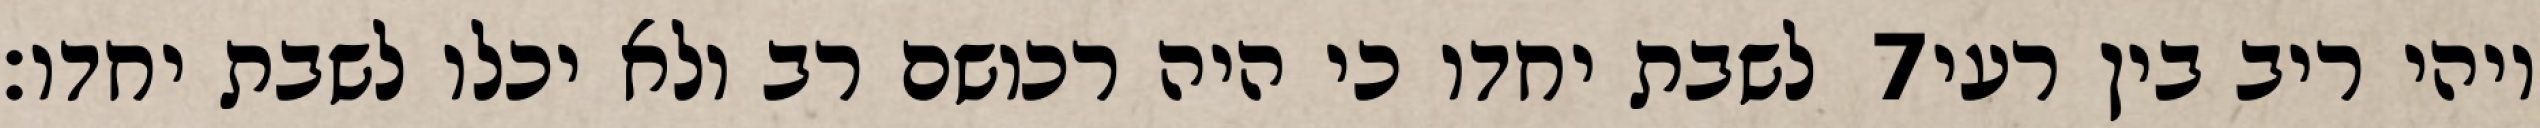
לשבת יחדו כי היה רכושם רב ולא יכלו לשבת יחדו׃ ‎7‏ ויהי ריב בין רעי